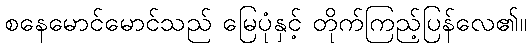
စနေမောင်မောင်သည် မြေပုံနှင့် တိုက်ကြည့်ပြန်လေ၏။